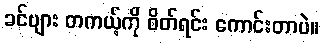
ခင်ဗျား တကယ့်ကို စိတ်ရင်း ကောင်းတာပဲ။